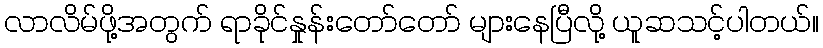
လာလိမ်ဖို့အတွက် ရာခိုင်နှုန်းတော်တော် များနေပြီလို့ ယူဆသင့်ပါတယ်။